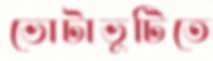
ভোটাভুটিতে